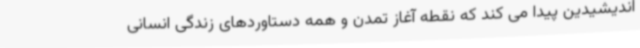
اندیشیدین پیدا می کند که نقطه آغاز تمدن و همه دستاوردهای زندگی انسانی